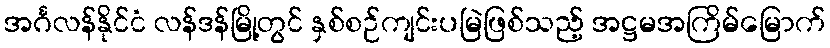
အင်္ဂလန်နိုင်ငံ လန်ဒန်မြို့တွင် နှစ်စဉ်ကျင်းပမြဲဖြစ်သည့် အဋ္ဌမအကြိမ်မြောက်